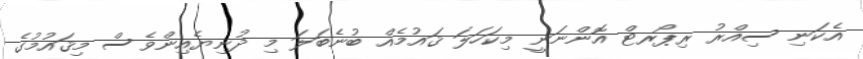
އެކަނި ސިއްރު ރިޕޯރޓް އޮންނަނީ މިކަހަލަ ޤައުމެއް ބުނެބަލަ މި ދުނިޔެއިންވެސް މިޤައުމުގެ